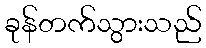
ခုန်တက်သွားသည်